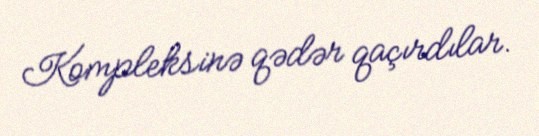
Kompleksinə qədər qaçırdılar.